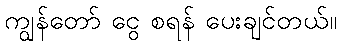
ကျွန်တော် ငွေ စရန် ပေးချင်တယ်။